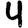
Digit: 4